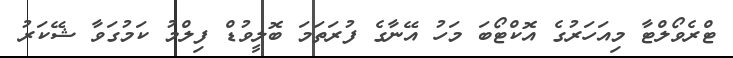
ޓްރެވޯލްޓާ މިއަހަރުގެ އޮކްޓޯބަ މަހު އޭނާގެ ފުރަތަމަ ބޮލީވުޑް ފިލްމު ކަމުގަވާ ޝޭކަރު